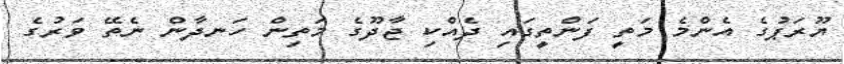
ޔޫރަޕުގެ އެންމެ މަތީ ފަންތީގައި ދެއްކި ޖާދޫގެ މަތިން ހަނދާން ނެތޭ ވަރުގެ